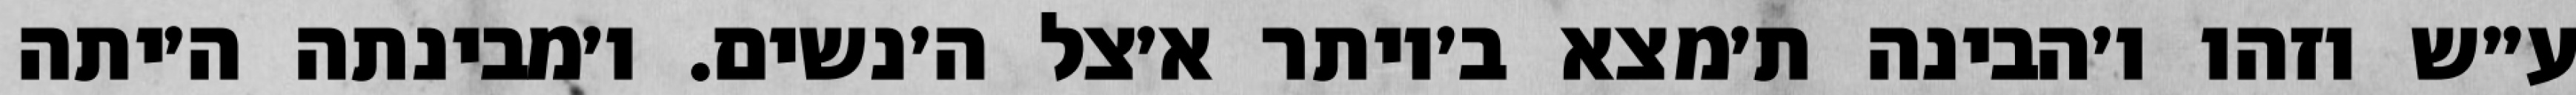
ע״ש וזהו ו׳הבינה ת׳מצא ב׳יותר א׳צל ה׳נשים. ו׳מבינתה ה׳יתה